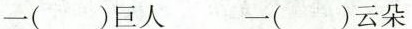
一( )巨人 一( )云朵